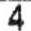
4